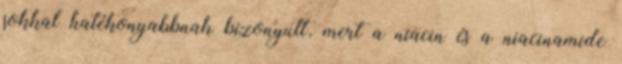
sokkal hatékonyabbnak bizonyult, mert a niacin és a niacinamide